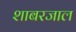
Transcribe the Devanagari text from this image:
शाबरजाल